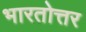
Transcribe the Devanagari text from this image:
भारतोत्तर